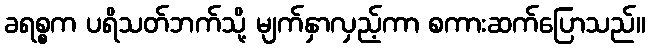
ခရစ္စက ပရိသတ်ဘက်သို့ မျက်နှာလှည့်ကာ စကားဆက်ပြောသည်။